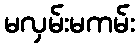
မလှမ်းမကမ်း